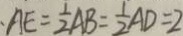
A E = \frac { 1 } { 2 } A B = \frac { 1 } { 2 } A D = 2